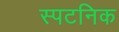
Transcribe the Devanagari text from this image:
स्पटनिक